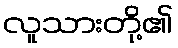
လူသားတို့၏